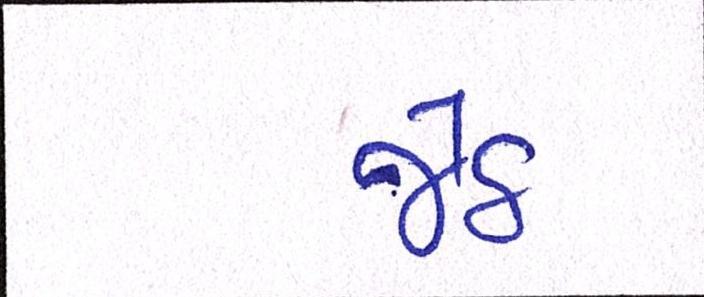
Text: જેઠ